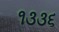
૧૩૩૬